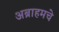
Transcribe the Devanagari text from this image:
अब्राहमचे